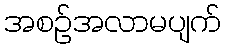
အစဉ်အလာမပျက်